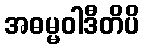
အဓမ္မဝါဒီတိပိ